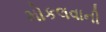
મોકલવાની